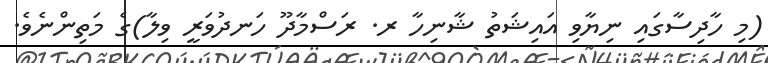
(މި ހާދިސާގައި ނިޔާވި އައިޝަތު ޝާނިހާ ރ. ރަސްމާދޫ ހަނދުވަރީ ވިލާ)ގެ މަތިންނެވެ.